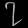
Digit: ၇